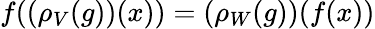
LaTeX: f((\rho_{V}(g))(x))=(\rho_{W}(g))(f(x))